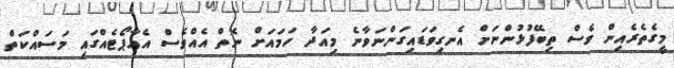
މީގެތެރެއިން ވެސް ތިބޭފުޅުންނަށް އެނގިވަޑައިގަންނަވާނެ މިއަދާ ހަމައަށް ނެތް އެއްވެސް އެއާޕޯޓެއްގައި މަސައްކަތް